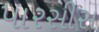
પારસીસ